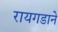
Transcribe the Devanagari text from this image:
रायगडाने